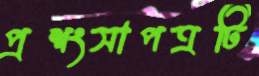
প্রশংসাপত্রটি